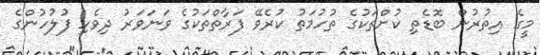
މީގެ އިތުރުން ބޮޑެތި ކުށްތަކުގެ ތުހުމަތު ކުރެވޭ ފަރާތްތަކުގެ ވަނަވަރު ދިވެހި ފުލުހުންގެ